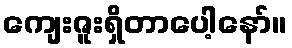
ကျေးဇူးရှိတာပေါ့နော်။